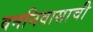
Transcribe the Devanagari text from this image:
वननिवासाची